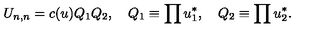
U _ { n , n } = c ( u ) Q _ { 1 } Q _ { 2 } , \quad Q _ { 1 } \equiv \prod u _ { 1 } ^ { * } , \quad Q _ { 2 } \equiv \prod u _ { 2 } ^ { * } .